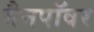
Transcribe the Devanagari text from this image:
मैनपॉवर